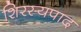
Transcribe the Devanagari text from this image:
शिरस्यपाद